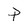
Character: P